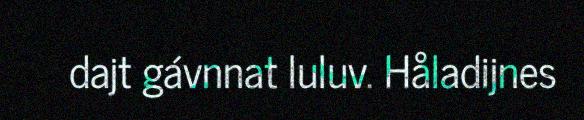
dajt gávnnat luluv. Håladijnes